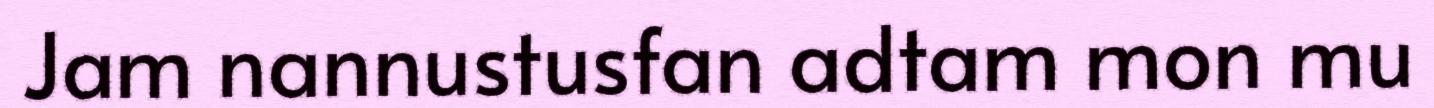
Jam nannustusfan adtam mon mu